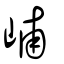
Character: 峬